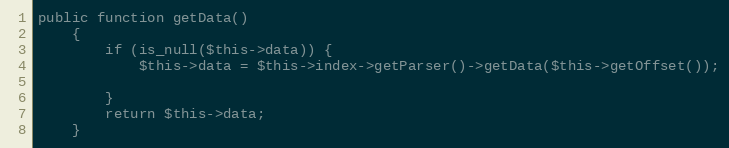
Language: PHP
public function getData()
    {
        if (is_null($this->data)) {
            $this->data = $this->index->getParser()->getData($this->getOffset());

        }
        return $this->data;
    }